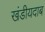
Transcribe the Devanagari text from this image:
खंडीयदाब